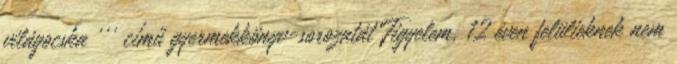
világocska ''' című gyermekkönyv-sorozatát Figyelem, 12 éven felülieknek nem